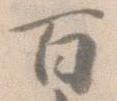
百